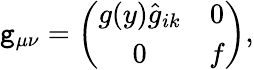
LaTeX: \mathtt{g}_{\mu\nu}=\left(\begin{array}{cc}{{g(y)\hat{g}_{ik}}}&{{0}}\\ {{0}}&{{f}}\end{array}\right),